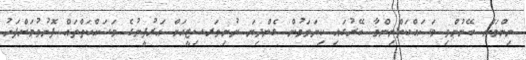
ނިންމަން ބޭނުންވި މަސައްކަތްނިންމާ ބޭރުގައި ކިޔަވަމުން ގެންދިޔަ ޔުނިވަރސިޓީއަށް އަރުފީނުގެ މަސައްކަތްތައް ފޮނުވުމަށްފަހު